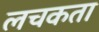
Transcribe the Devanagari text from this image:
लचकता